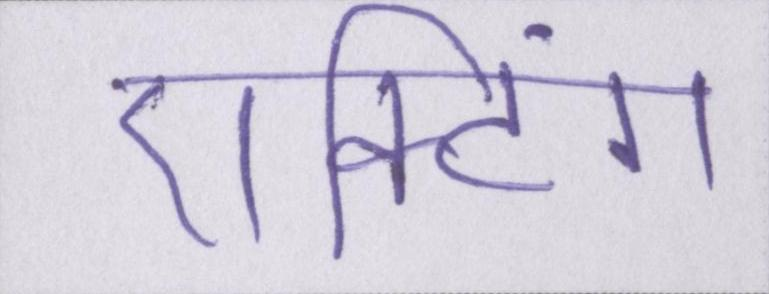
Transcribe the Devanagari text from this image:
एक्टिंग